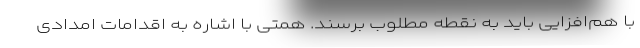
با هم‌افزایی باید به نقطه مطلوب برسند. همتی با اشاره به اقدامات امدادی